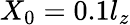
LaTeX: X_{0}=0.1l_{z}